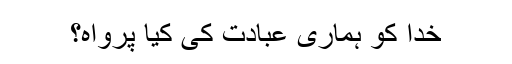
خدا کو ہماری عبادت کی کیا پرواہ؟